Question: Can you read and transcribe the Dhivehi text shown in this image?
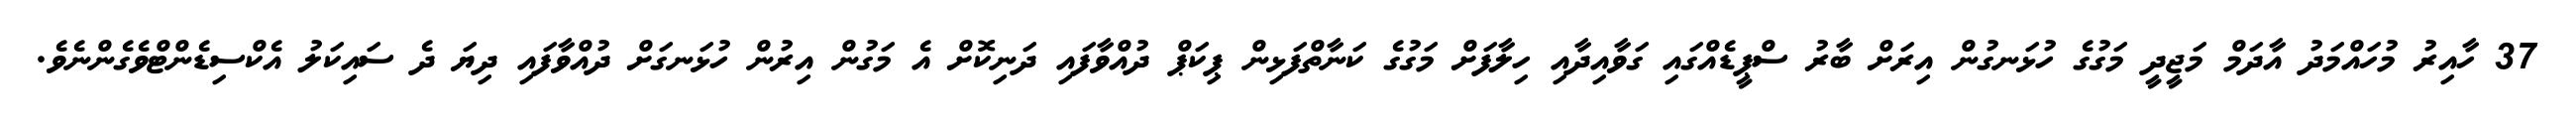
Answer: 37 ހާއިރު މުހައްމަދު އާދަމް މަޖީދީ މަގުގެ ހުޅަނގުން އިރަށް ބާރު ސްޕީޑެއްގައި ގަވާއިދާއި ހިލާފަށް މަގުގެ ކަނާތްފަޅިން ޕިކަޕް ދުއްވާފައި ދަނިކޮށް އެ މަގުން އިރުން ހުޅަނގަށް ދުއްވާފައި ދިޔަ ދެ ސައިކަލު އެކްސިޑެންޓްވެގެންނެވެ.